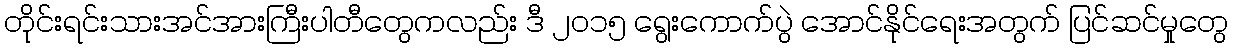
တိုင်းရင်းသားအင်အားကြီးပါတီတွေကလည်း ဒီ ၂ဝ၁၅ ရွေးကောက်ပွဲ အောင်နိုင်ရေးအတွက် ပြင်ဆင်မှုတွေ